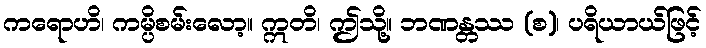
ကရောဟိ၊ ကမ္ပိစမ်းလော့။ ဣတိ၊ ဤသို့။ ဘဏန္တဿ (စ)၊ ပရိယာယ်ဖြင့်